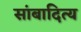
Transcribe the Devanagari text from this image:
सांबादित्य